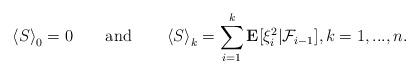
LaTeX: \begin{align*}\left\langle S\right\rangle _0=0 \ \ \ \ \ \ \textrm{and}\ \ \ \ \ \ \left\langle S\right\rangle _k=\sum_{i=1}^k\mathbf{E}[\xi _i^2|\mathcal{F}_{i-1}],k=1,...,n.\end{align*}